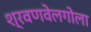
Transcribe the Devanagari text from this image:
श्रवणवेलगोला